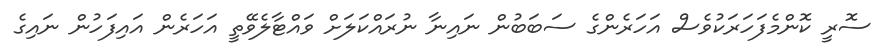
ސޮރީ ކޮންމެފަހަރަކުވެސް އަހަރެންގެ ސަބަބުން ނައިނާ ނުރައްކަލަށް ވައްޓާލެވޭތީ އަހަރެން އައިފަހުން ނައިގެ